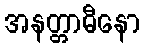
အနတ္တာဓီနော